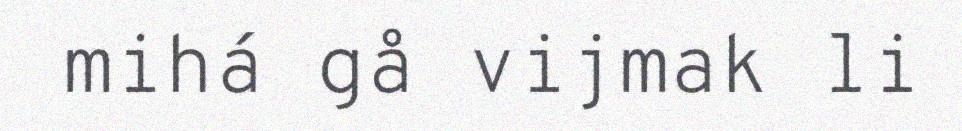
mihá gå vijmak li